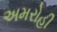
અમરોહી